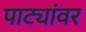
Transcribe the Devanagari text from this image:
पाट्यांवर